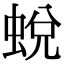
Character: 蛻